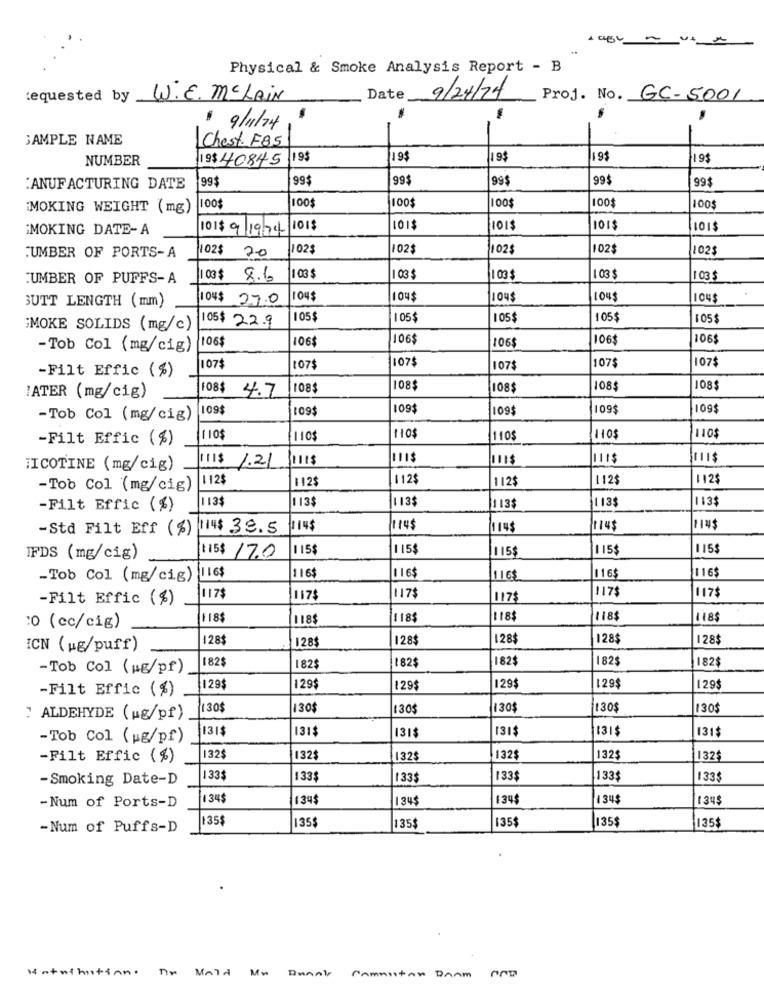
Physical & Smoke Analysis Report - B
requested by
W.E. MCLAIN
Date
9/24/74
Proj. No. GC-5001
$ 9/1/24 , "
-
SAMPLE NAME
Chest F85
NUMBER
19$40845
19$
19$
19$
19$
19$
99$
99$
99$
99$
99$
99$
:ANUFACTURING DATE
100$
MOKING WEIGHT (mg)
100$
100$
100$
100$
SMOKING DATE- A
101$ 9/19:74 1015
1015
101$
101$
102$
20
102$
102$
102$
102
1025
.UMBER OF PORTS-A
:UMBER OF PUFFS-A
100$ 8.6
03
03 $
1 03
103 $
103 $
GUTT LENGTH (mm)
104$ 27.0
1045
104
1045
104$
105$ 22.9
105$
105$
105
105$
1055
;MOKE SOLIDS (mg/c)
106$
106
106
106
106$
-Tob Col (mg/cig)
106$
1075
107$
107
107
107$
1075
-Filt Effic (%)
108
108$
108$
1085
108$
LATER (mg/cig)
108$ 4.7
109$
109$
09$
09$
109
109$
-Tob Col (mg/cig)
-Filt Effic (%)
(110$
110$
110
110$
TICOTINE (mg/cig)
II$ 1.21
112$
112$
112$
112$
112$
112$
-Tob Col (mg/cig)
1135
113$
|113$
113$
113$
-Filt Effic (%)
13$
-Std Filt Eff (%)
14$ 39.5
114$
114$
114$
1145
114$
115$
115$
115$
115$
115$
IFDS (mg/cig)
1.15$ 17.0
116$
-Tob Col (mg/cig) 116$
116$
116$
116$
116
117
117$
-Filt Effic (%)
117$
1175
117$
1175
118$
118$
118$
118
118$
:0 (cc/cig)
128$
128$
128$
128
128$
ICN (pg/puff)
128$
182$
182$
182
182$
-Tob Col (wg/pf)
182$
182$
-Filt Effic (%)
129$
129$
129$
129$
129$
129$
30$
130
130$
130$
130
30$
: ALDEHYDE (Hg/pf)
31$
131$
131$
131$
131$
-Tob Col (pg/pf)
131
-Filt Effic (%)
32$
132$
132$
132$
132$
132$
-Smoking Date-D
33$
133$
1335
133$
133$
133$
-Num of Ports-D
134$
134$
1345
134
134
134$
135$
135$
-Num of Puffs-D
135
135$
135$
135$
Hatethatinn. Dr Mald Mu Barak Commestan Bram AND